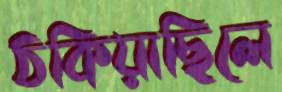
ঠকিয়াছিলে